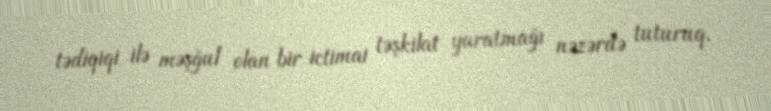
tədiqiqi ilə məşğul olan bir ictimai təşkilat yaratmağı nəzərdə tuturuq.